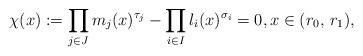
LaTeX: \begin{align*} \chi( x ) := \prod_{j \in J} m_j( x )^{\tau_j} - \prod_{i \in I} l_i( x )^{\sigma_i} = 0, x \in (r_0, \, r_1), \end{align*}